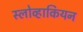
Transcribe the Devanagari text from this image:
स्लोव्हाकियन